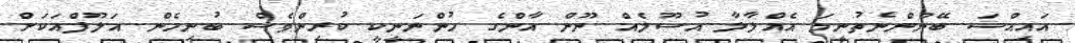
އައިއްސަ ބޭނުންނެތުނީމަ އެއްލާލާ އުސޫލެއް ނޫން އާންގެ ހުންނަނީކީ ކުރިންވެސް ބުނިހެން އަލޫފްއަކަށް